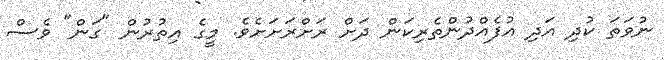
ނުވަތަ ކުދި އަދި އުފެއްދުންތެރިކަން ދަށް ރަށްރަށަށެވެ. މީގެ އިތުރުން "ގަން" ވެސް